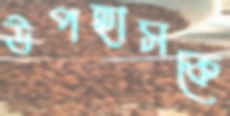
উপহাসকে